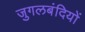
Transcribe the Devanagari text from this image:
जुगलबंदियों